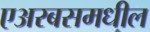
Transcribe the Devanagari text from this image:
एअरबसमधील